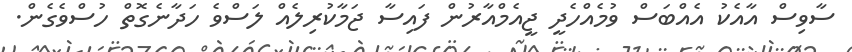
ސާވިސް އާއެކު އެއްބަސް ވުމެއްހެދީ ޖީއެމްއާރުން ފައިސާ ޖަމާކުރިލެއް ލަސްވެ ހަދާނެގޮތް ހުސްވެގެން.